FBI Photo B17
Agency: FBI
Incident date: Late 2025
Incident location: Western United States
Page 1
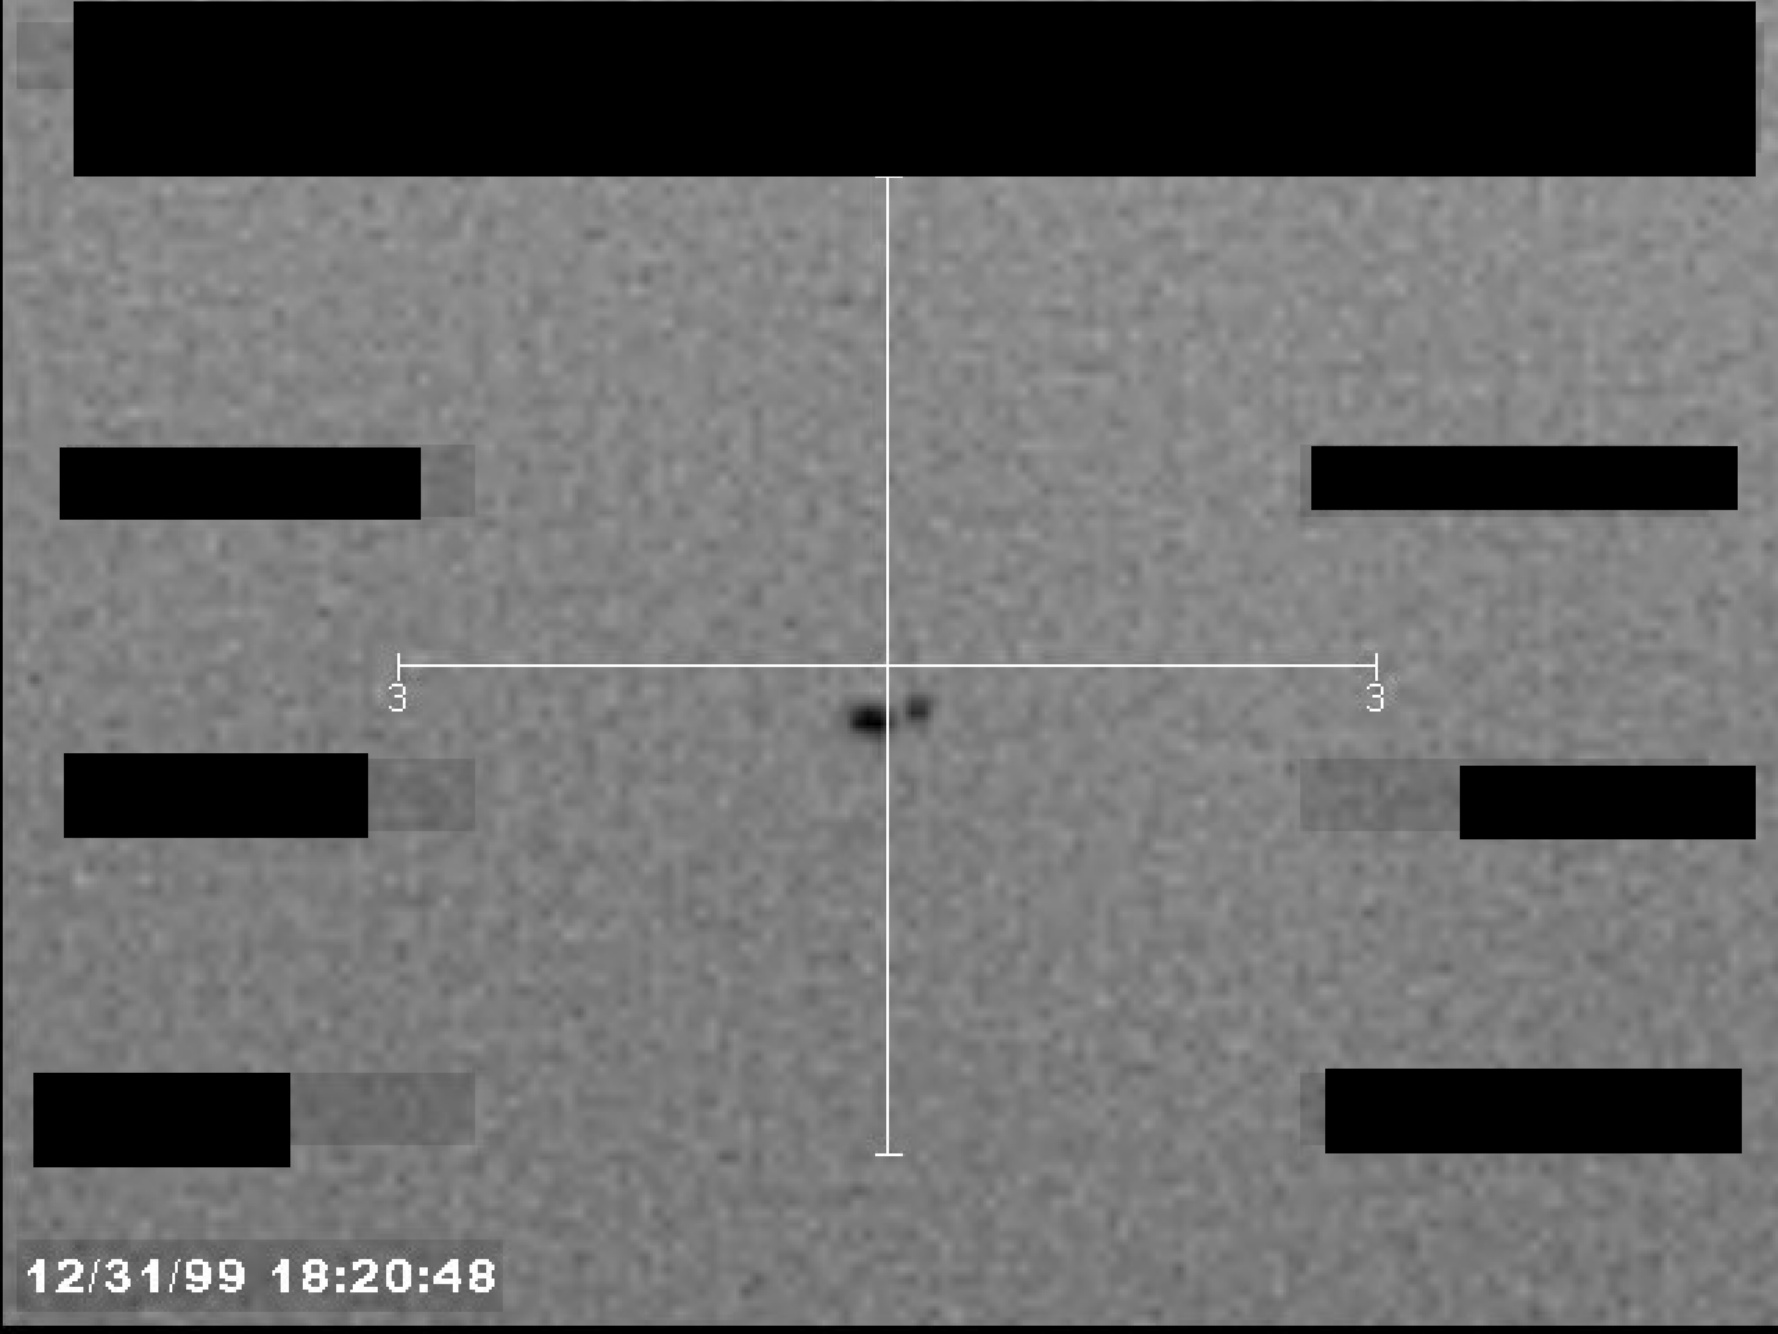